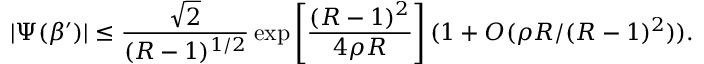
| \Psi ( \beta ^ { \prime } ) | \leq { \frac { \sqrt { 2 } } { ( R - 1 ) ^ { 1 / 2 } } } \exp \left[ { \frac { ( R - 1 ) ^ { 2 } } { 4 \rho R } } \right] ( 1 + O ( \rho R / ( R - 1 ) ^ { 2 } ) ) .